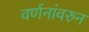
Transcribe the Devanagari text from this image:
वर्णनांवरुन